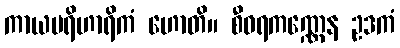
ကာယပရိဟာရိကံ ဟောတိ။ စီဝရကဏ္ဏေန ဥဒကံ